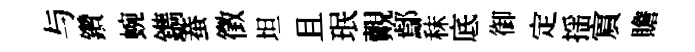
与鑽蜿鐫蛬徵坦且珉覿鄢秣底御定揺賔贍